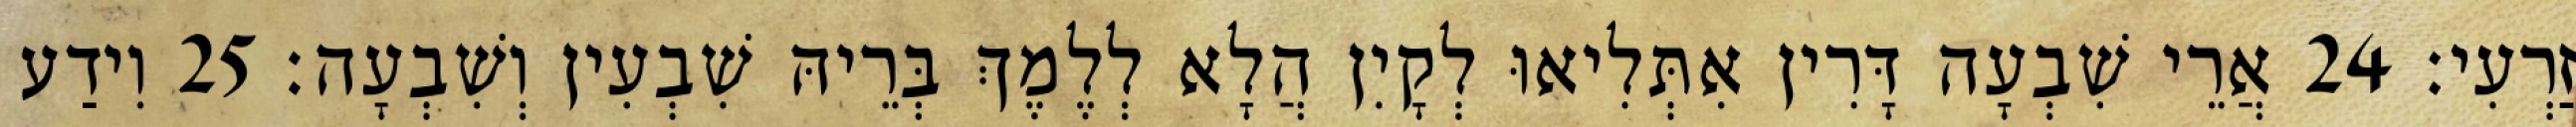
זַרְעִי׃ 24 אֲרֵי שִׁבְעָה דָּרִין אִתְּלִיאוּ לְקָיִן הֲלָא לְלֶמֶךְ בְּרֵיהּ שִׁבְעִין וְשִׁבְעָה׃ 25 וִידַע